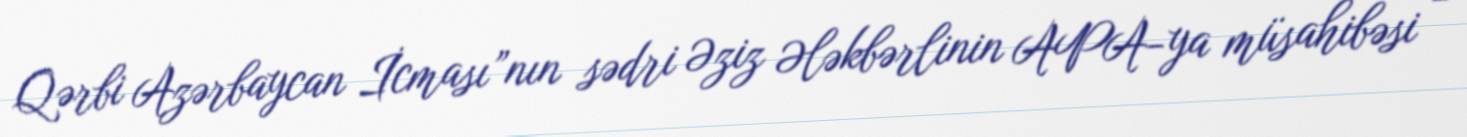
Qərbi Azərbaycan İcması”nın sədri Əziz Ələkbərlinin APA-ya müsahibəsi -